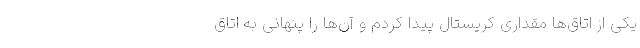
یکی از اتاق‌ها مقداری کریستال پیدا کردم و آن‌ها را پنهانی به اتاق